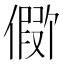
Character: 𪝪